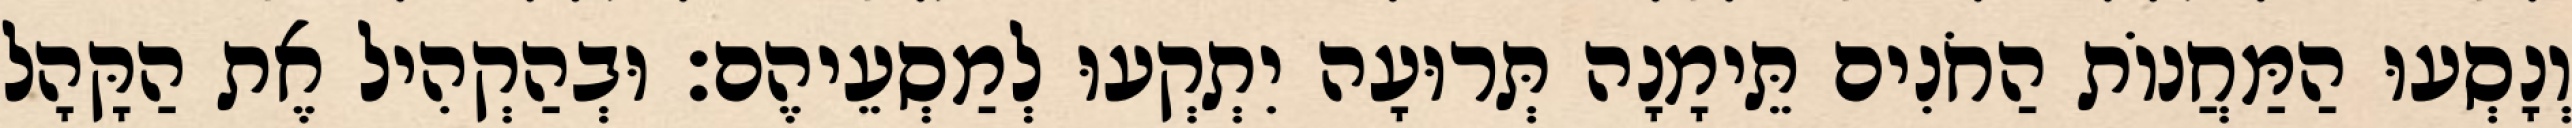
וְנָסְעוּ הַמַּחֲנוֹת הַחֹנִים תֵּימָנָה תְּרוּעָה יִתְקְעוּ לְמַסְעֵיהֶם׃ וּבְהַקְהִיל אֶת הַקָּהָל